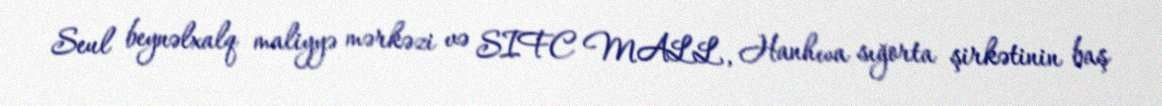
Seul beynəlxalq maliyyə mərkəzi və SIFC MALL, Hanhwa sığorta şirkətinin baş